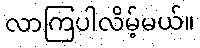
လာကြပါလိမ့်မယ်။